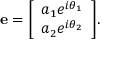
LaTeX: \mathbf { e } = { \left[ \begin{array} { l } { a _ { 1 } e ^ { i \theta _ { 1 } } } \\ { a _ { 2 } e ^ { i \theta _ { 2 } } } \end{array} \right] } .